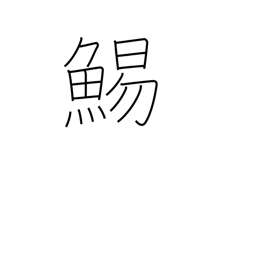
Meaning: cuttlefish